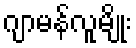
ဂျာမန်လူမျိုး